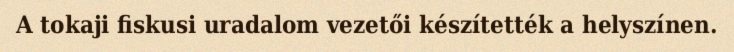
A tokaji fiskusi uradalom vezetői készítették a helyszínen.